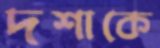
দশাকে